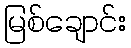
မြစ်ချောင်း